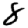
Digit: 8